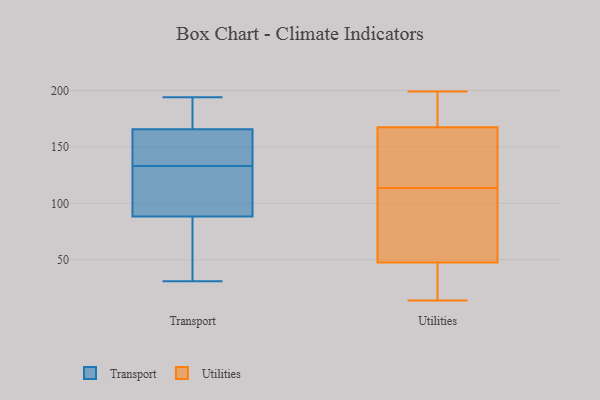
{"axis": {"x": "Website Visitors", "y": "Value"}, "legend": ["Transport", "Utilities"], "data": [{"x": "", "y": 168, "type": "Transport"}, {"x": "", "y": 161, "type": "Transport"}, {"x": "", "y": 177, "type": "Transport"}, {"x": "", "y": 117, "type": "Transport"}, {"x": "", "y": 73, "type": "Transport"}, {"x": "", "y": 194, "type": "Transport"}, {"x": "", "y": 89, "type": "Transport"}, {"x": "", "y": 165, "type": "Transport"}, {"x": "", "y": 141, "type": "Transport"}, {"x": "", "y": 153, "type": "Transport"}, {"x": "", "y": 187, "type": "Transport"}, {"x": "", "y": 31, "type": "Transport"}, {"x": "", "y": 128, "type": "Transport"}, {"x": "", "y": 109, "type": "Transport"}, {"x": "", "y": 86, "type": "Transport"}, {"x": "", "y": 133, "type": "Transport"}, {"x": "", "y": 59, "type": "Transport"}, {"x": "", "y": 191, "type": "Utilities"}, {"x": "", "y": 140, "type": "Utilities"}, {"x": "", "y": 162, "type": "Utilities"}, {"x": "", "y": 50, "type": "Utilities"}, {"x": "", "y": 17, "type": "Utilities"}, {"x": "", "y": 199, "type": "Utilities"}, {"x": "", "y": 59, "type": "Utilities"}, {"x": "", "y": 45, "type": "Utilities"}, {"x": "", "y": 14, "type": "Utilities"}, {"x": "", "y": 88, "type": "Utilities"}, {"x": "", "y": 139, "type": "Utilities"}, {"x": "", "y": 173, "type": "Utilities"}]}